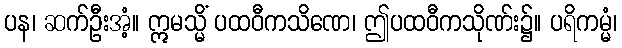
ပန၊ ဆက်ဦးအံ့။ ဣမသ္မိံ ပထဝီကသိဏေ၊ ဤပထဝီကသိုဏ်း၌။ ပရိကမ္မံ၊